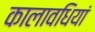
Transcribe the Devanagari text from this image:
कालावधियां